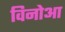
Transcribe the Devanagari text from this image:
विनोआ